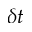
\delta t